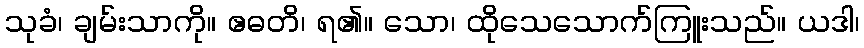
သုခံ၊ ချမ်းသာကို။ ဧဓတိ၊ ရ၏။ သော၊ ထိုသေသောက်ကြူးသည်။ ယဒါ၊